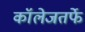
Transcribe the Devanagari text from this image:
कॉलेजतर्फे